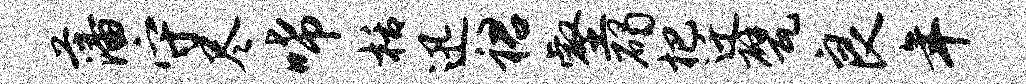
藩守尽唏栝迅裙壑碣杷迁甓良年